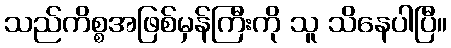
သည်ကိစ္စအဖြစ်မှန်ကြီးကို သူ သိနေပါပြီ။